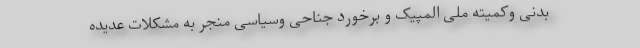
بدنی وکمیته ملی المپیک و برخورد جناحی وسیاسی منجر به مشکلات عدیده